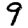
Digit: 9